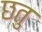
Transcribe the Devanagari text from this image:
छतु